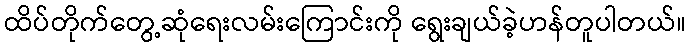
ထိပ်တိုက်တွေ့ဆုံရေးလမ်းကြောင်းကို ရွေးချယ်ခဲ့ဟန်တူပါတယ်။